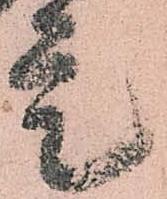
是